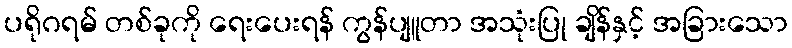
ပရိုဂရမ် တစ်ခုကို ရေးပေးရန် ကွန်ပျူတာ အသုံးပြု ချိန်နှင့် အခြားသော